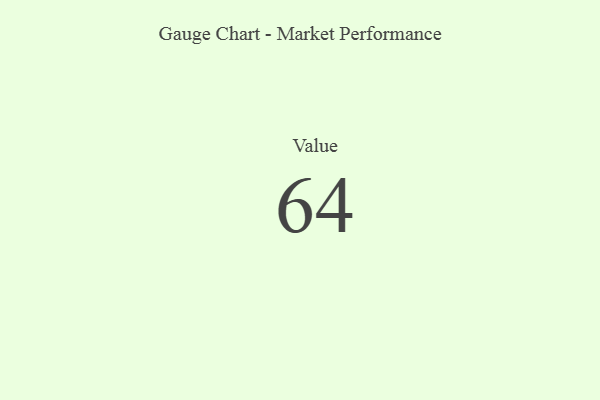
{"axis": {"x": "Metric", "y": "Value"}, "legend": [""], "data": [{"x": "Value", "y": 64, "type": ""}]}